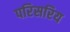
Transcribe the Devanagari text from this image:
परिसरिय